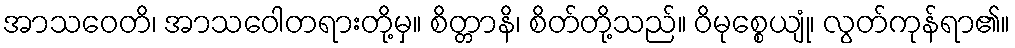
အာသဝေတိ၊ အာသဝေါတရားတို့မှ။ စိတ္တာနိ၊ စိတ်တို့သည်။ ဝိမုစ္စေယျုံ၊ လွတ်ကုန်ရာ၏။